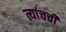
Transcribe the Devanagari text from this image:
त्यांचची